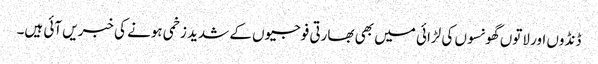
ڈنڈوں اور لاتوں گھونسوں کی لڑائی میں بھی بھارتی فوجیوں کے شدید زخمی ہونے کی خبریں آئی ہیں۔